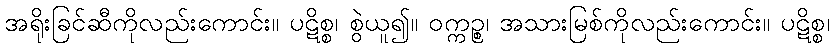
အရိုးခြင်ဆီကိုလည်းကောင်း။ ပဋိစ္စ၊ စွဲယူ၍။ ဝက္ကဉ္စ၊ အသားမြစ်ကိုလည်းကောင်း။ ပဋိစ္စ၊